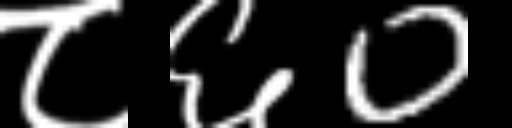
Text: ८६0